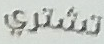
تشتري